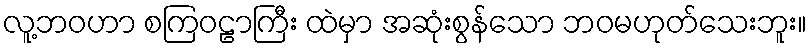
လူ့ဘဝဟာ စကြဝဠာကြီး ထဲမှာ အဆုံးစွန်သော ဘဝမဟုတ်သေးဘူး။